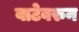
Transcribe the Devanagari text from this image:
वाटेवरुन